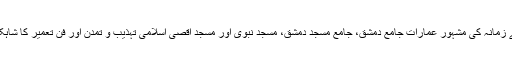
اس کے زمانہ کی مشہور عمارات جامع دمشق، جامع مسجد دمشق، مسجد نبوی اور مسجد اقصیٰ اسلامی تہذیب و تمدن اور فن تعمیر کا شاہکار ہیں۔